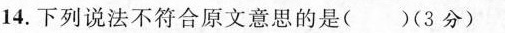
14.下列说法不符合原文意思的是( )(3分)